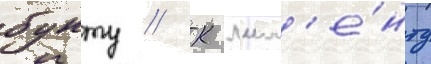
бунту // К мом'е́нту